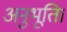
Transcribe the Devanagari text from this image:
अनुभूति।